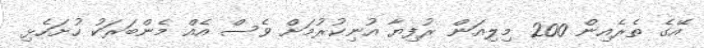
އޭގެ ތެރެއިން 200 މިލިއަން ރުފިޔާ އުނިކުރުމަށް ވެސް އެއް މެންބަރަކު ހުށަހެޅި